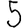
Digit: 5